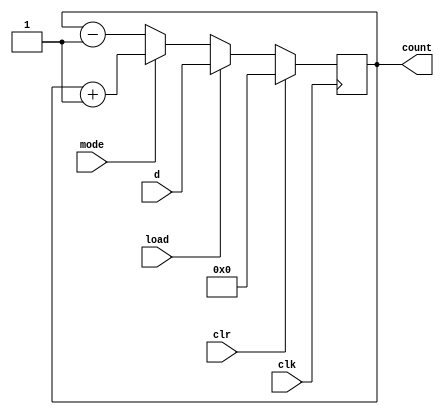
// external code must provide the clock signal

module up_down_counter(count, d, clr,load,clk,mode);
parameter n = 7;
input clr,load, clk, mode;
input [n:0] d;
output reg [n:0] count;

always @(posedge clk) begin
    if (clr)
    count <= 0;
    else if (load)
    count <= d;
    else if (mode)
    count <= count + 1;
    else // mode == 0
    count <= count -1;
end
endmodule